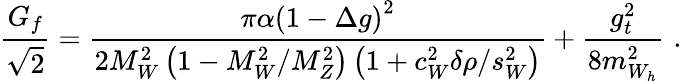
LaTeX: \frac{G_{f}}{\sqrt{2}}=\frac{\pi\alpha\left(1-\Delta g\right)^{2}}{2M_{W}^{2}\left(1-M_{W}^{2}/M_{Z}^{2}\right)\left(1+c_{W}^{2}\delta\rho/s_{W}^{2}\right)}+\frac{g_{t}^{2}}{8m_{W_{h}}^{2}}\, \, .